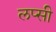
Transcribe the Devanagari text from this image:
लप्सी